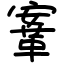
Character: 鞌